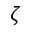
\zeta